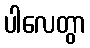
ပါလေတွာ